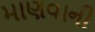
માણવાની